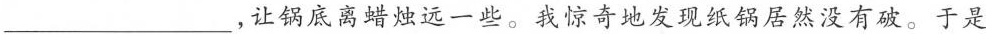
___，让锅底离蜡烛远一些。我惊奇地发现纸锅居然没有破。于是